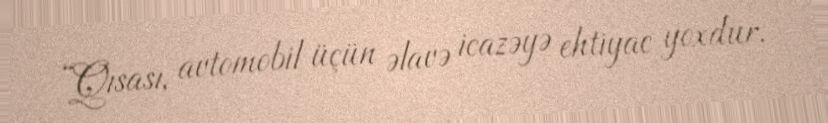
“Qısası, avtomobil üçün əlavə icazəyə ehtiyac yoxdur.